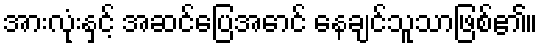
အားလုံးနှင့် အဆင်ပြေအောင် နေချင်သူသာဖြစ်၏။